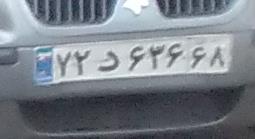
۷۲د۶۳۶۶۸